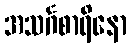
အသင်္ဂစာရိနော